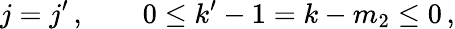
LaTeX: j=j^{\prime}\, ,\qquad 0\leq k^{\prime}-1=k-m_{2}\leq 0\, ,